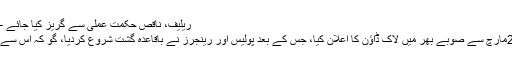
ریلیف، ناقص حکمت عملی سے گریز کیا جائے – قادر خان یوسف زئی – Daleel.Pk
سرکاری سطح پر حکومت سندھ نے 23مارچ سے صوبے بھر میں لاک ڈاؤن کا اعلان کیا، جس کے بعد پولیس اور رینجرز نے باقاعدہ گشت شروع کردیا، گو کہ اس سے قبل ہی مارکٹیں بند کرائی جاچکی تھی۔